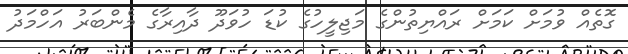
ގޮތެއް ވުމަށް ކަމަށް ރައްޔިތުންގެ މަޖިލީހުގެ ކުޑަ ހުވަދޫ ދާއިރާގެ މެންބަރު އަހްމަދު